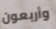
وأربعون